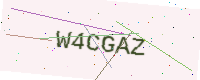
Text: W4CGAZ